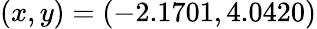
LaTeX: (x,y)=(-2.1701,4.0420)